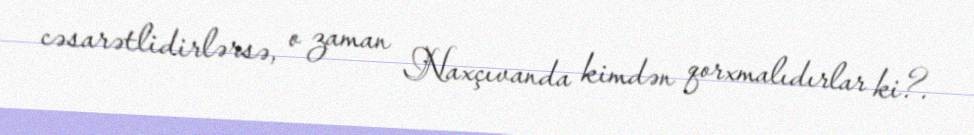
cəsarətlidirlərsə, o zaman Naxçıvanda kimdən qorxmalıdırlar ki?.